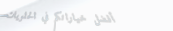
أفضل خياراتكم في الحلويات